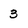
Character: 3